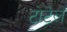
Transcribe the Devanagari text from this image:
टोटेल